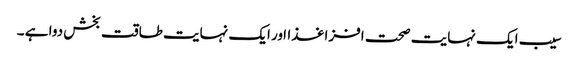
سیب ایک نہایت صحت افزا غذااور ایک نہایت طاقت بخش دوا ہے ۔